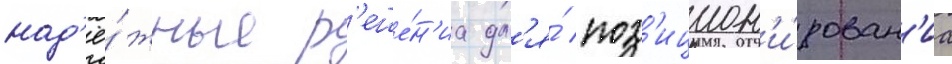
над'ё́жные р'еше́н'иа дл'я́ поз'ицион'и́рован'иа